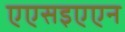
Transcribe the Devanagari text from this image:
एएसइएएन